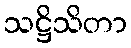
သဋ္ဌိသိတာ